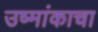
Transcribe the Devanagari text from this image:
उष्मांकाचा